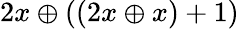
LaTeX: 2x\oplus((2x\oplus x)+1)